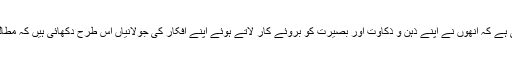
ان کی شاعری کے فکری پس منظر کا بہ نظر غائر جائزہ لینے سے یہ حقیقت معلوم ہوتی ہے کہ انھوں نے اپنے ذہن و ذکاوت اور بصیرت کو بروئے کار لاتے ہوئے اپنے افکار کی جولانیاں اس طرح دکھائی ہیں کہ مطالعہ فطرت ،سماجی زندگی اور تہذیب و معاشرت کے جملہ پہلو اس میں رچ بس گئے ہیں۔